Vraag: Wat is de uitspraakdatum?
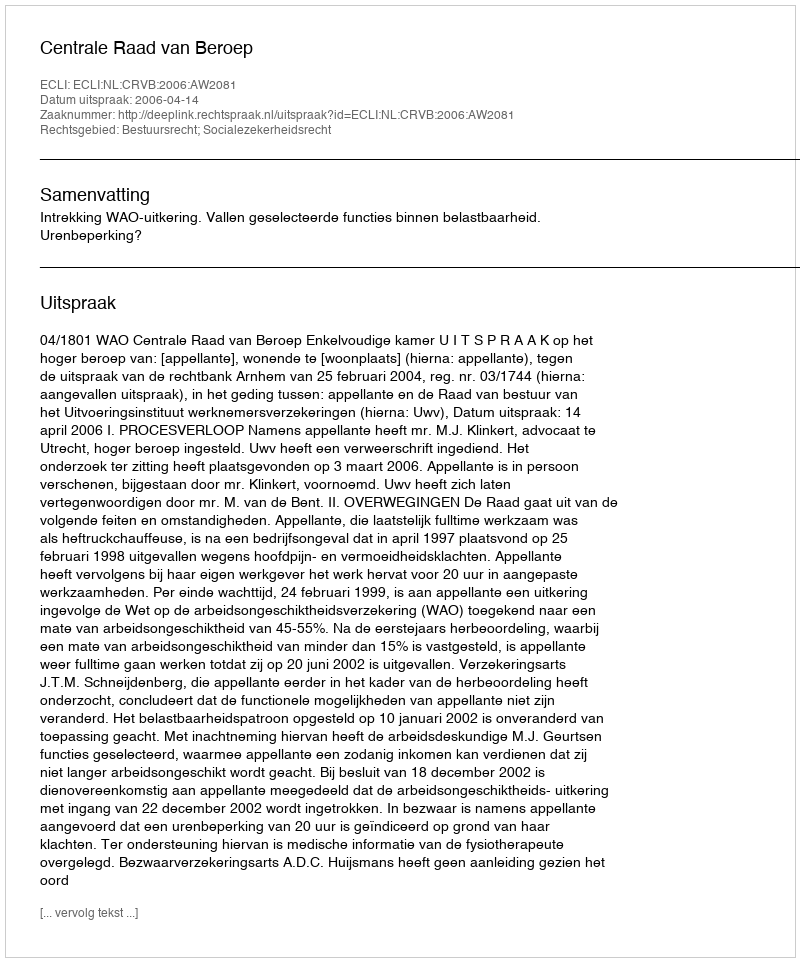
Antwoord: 2006-04-14